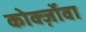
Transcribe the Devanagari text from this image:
कोर्क्ज़ोवा